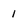
Character: 1